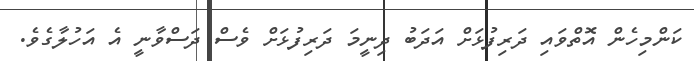
ކަންމިހެން އޮތްވައި ދަރިފުޅަށް އަދަބު ދިނީމަ ދަރިފުޅަށް ވެސް ދަސްވާނީ އެ އަހުލާގެވެ.